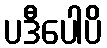
ပဒီပေါပိ